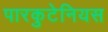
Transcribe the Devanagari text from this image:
पारकुटेनियस